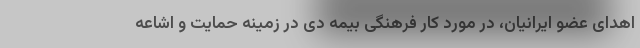
اهدای عضو ایرانیان، در مورد کار فرهنگی بیمه دی در زمینه حمایت و اشاعه